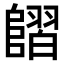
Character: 𨻿